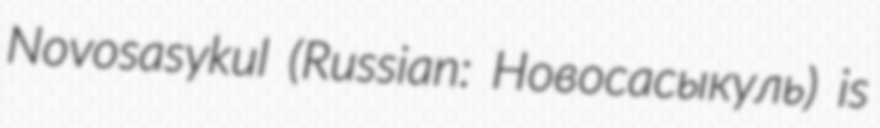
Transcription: Novosasykul (Russian: Новосасыкуль) is